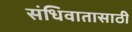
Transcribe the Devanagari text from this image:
संधिवातासाठी